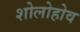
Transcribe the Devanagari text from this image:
शोलोहोव